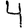
Digit: 4